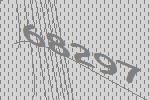
68297